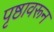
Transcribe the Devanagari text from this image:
पृष्ठावरून